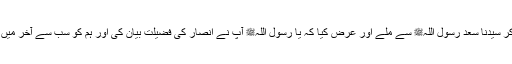
یہ سن کر سیدنا سعدؓ رسول اللہﷺ سے ملے اور عرض کیا کہ یا رسول اللہﷺ آپ نے انصار کی فضیلت بیان کی اور ہم کو سب سے آخر میں کر دیا۔